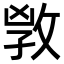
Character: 𢽌